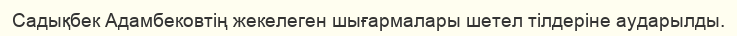
Садықбек Адамбековтің жекелеген шығармалары шетел тілдеріне аударылды.